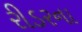
રીડરના